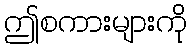
ဤစကားများကို